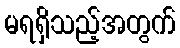
မရရှိသည့်အတွက်